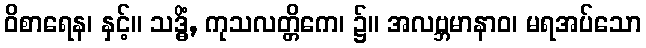
ဝိစာရေန၊ နှင့်။ သဒ္ဓိံ, ကုသလတ္တိကေ၊ ၌။ အလဗ္ဘမာနာဝ၊ မရအပ်သော